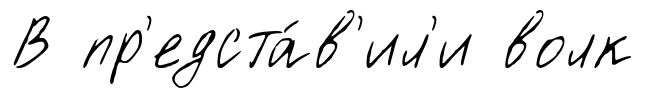
В пр'едста́в'ил'и волк